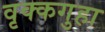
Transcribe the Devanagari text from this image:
वृक्कगुहा